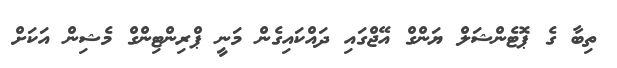
ތިބާ ގެ ޕޮޓެންޝަލް ޔަންގް އޭޖްގައި ދައްކައިގެން މަނީ ޕްރިންޓިންގް މެޝިން އަކަށް